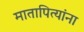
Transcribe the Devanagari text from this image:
मातापित्यांना